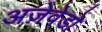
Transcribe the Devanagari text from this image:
अज़ेवेडो